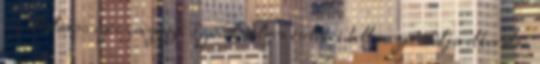
az általános egészségügyi. Szóval milyen ételeket kell megpróbálja elkerülni,